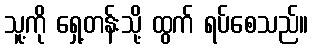
သူ့ကို ရှေ့တန်းသို့ ထွက် ရပ်စေသည်။